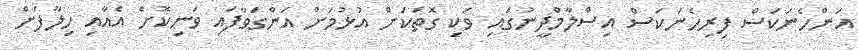
އަންހެނަކަސް ފިރިހެނަކަސް އިސްލާމްދީނުގައި ވަކި ގޮތަކަށް އުޅުމަށް އަންގަވާފައި ވަނިކޮށް އެއާއި ހިލާފަށް